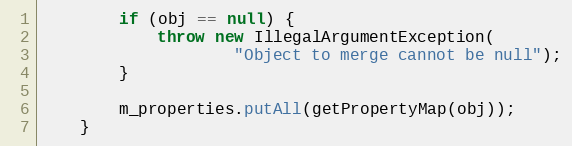
Language: Java
        if (obj == null) {
            throw new IllegalArgumentException(
                    "Object to merge cannot be null");
        }

        m_properties.putAll(getPropertyMap(obj));
    }